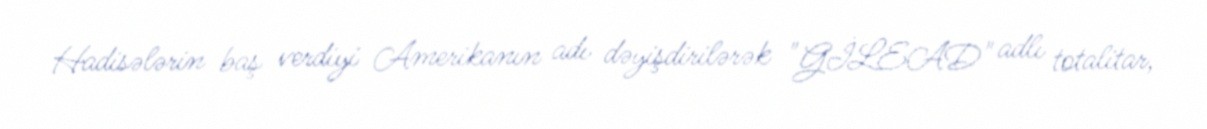
Hadisələrin baş verdiyi Amerikanın adı dəyişdirilərək "GİLEAD" adlı totalitar,